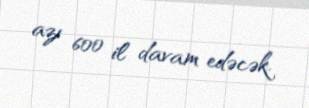
azı 600 il davam edəcək.